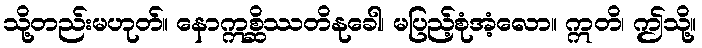
သို့တည်းမဟုတ်။ နောဣစ္ဆိဿတိနုခေါ၊ မပြည့်စုံအံ့လော။ ဣတိ၊ ဤသို့။